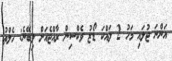
އަންނަ ޖުލައި މަހު 2 ލައްކަ ޑޯޒު ވެކްސިން ރާއްޖެއަށް ލިބޭނެ: ހެލްތު